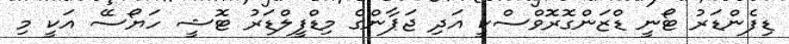
ޑިފެންޑަރު ޓޯނީ ޑްޒަންގޮރޮވްސްކީ އަދި ޖަޕާންގެ މިޑްފީލްޑަރު ޓޮޝީ ހަޔޯސޭ އަކީ މި